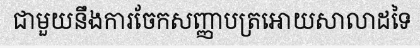
ជាមួយនឹងការចែកសញ្ញាបត្រអោយសាលាដទៃ